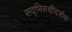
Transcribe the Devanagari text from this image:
सद्भिरुचीदर्शक